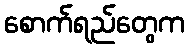
စောက်ရည်တွေက